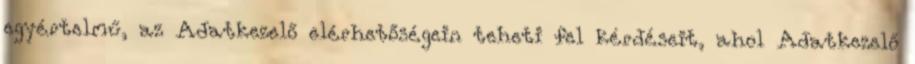
egyértelmű, az Adatkezelő elérhetőségein teheti fel kérdéseit, ahol Adatkezelő